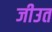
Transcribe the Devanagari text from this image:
जीउत